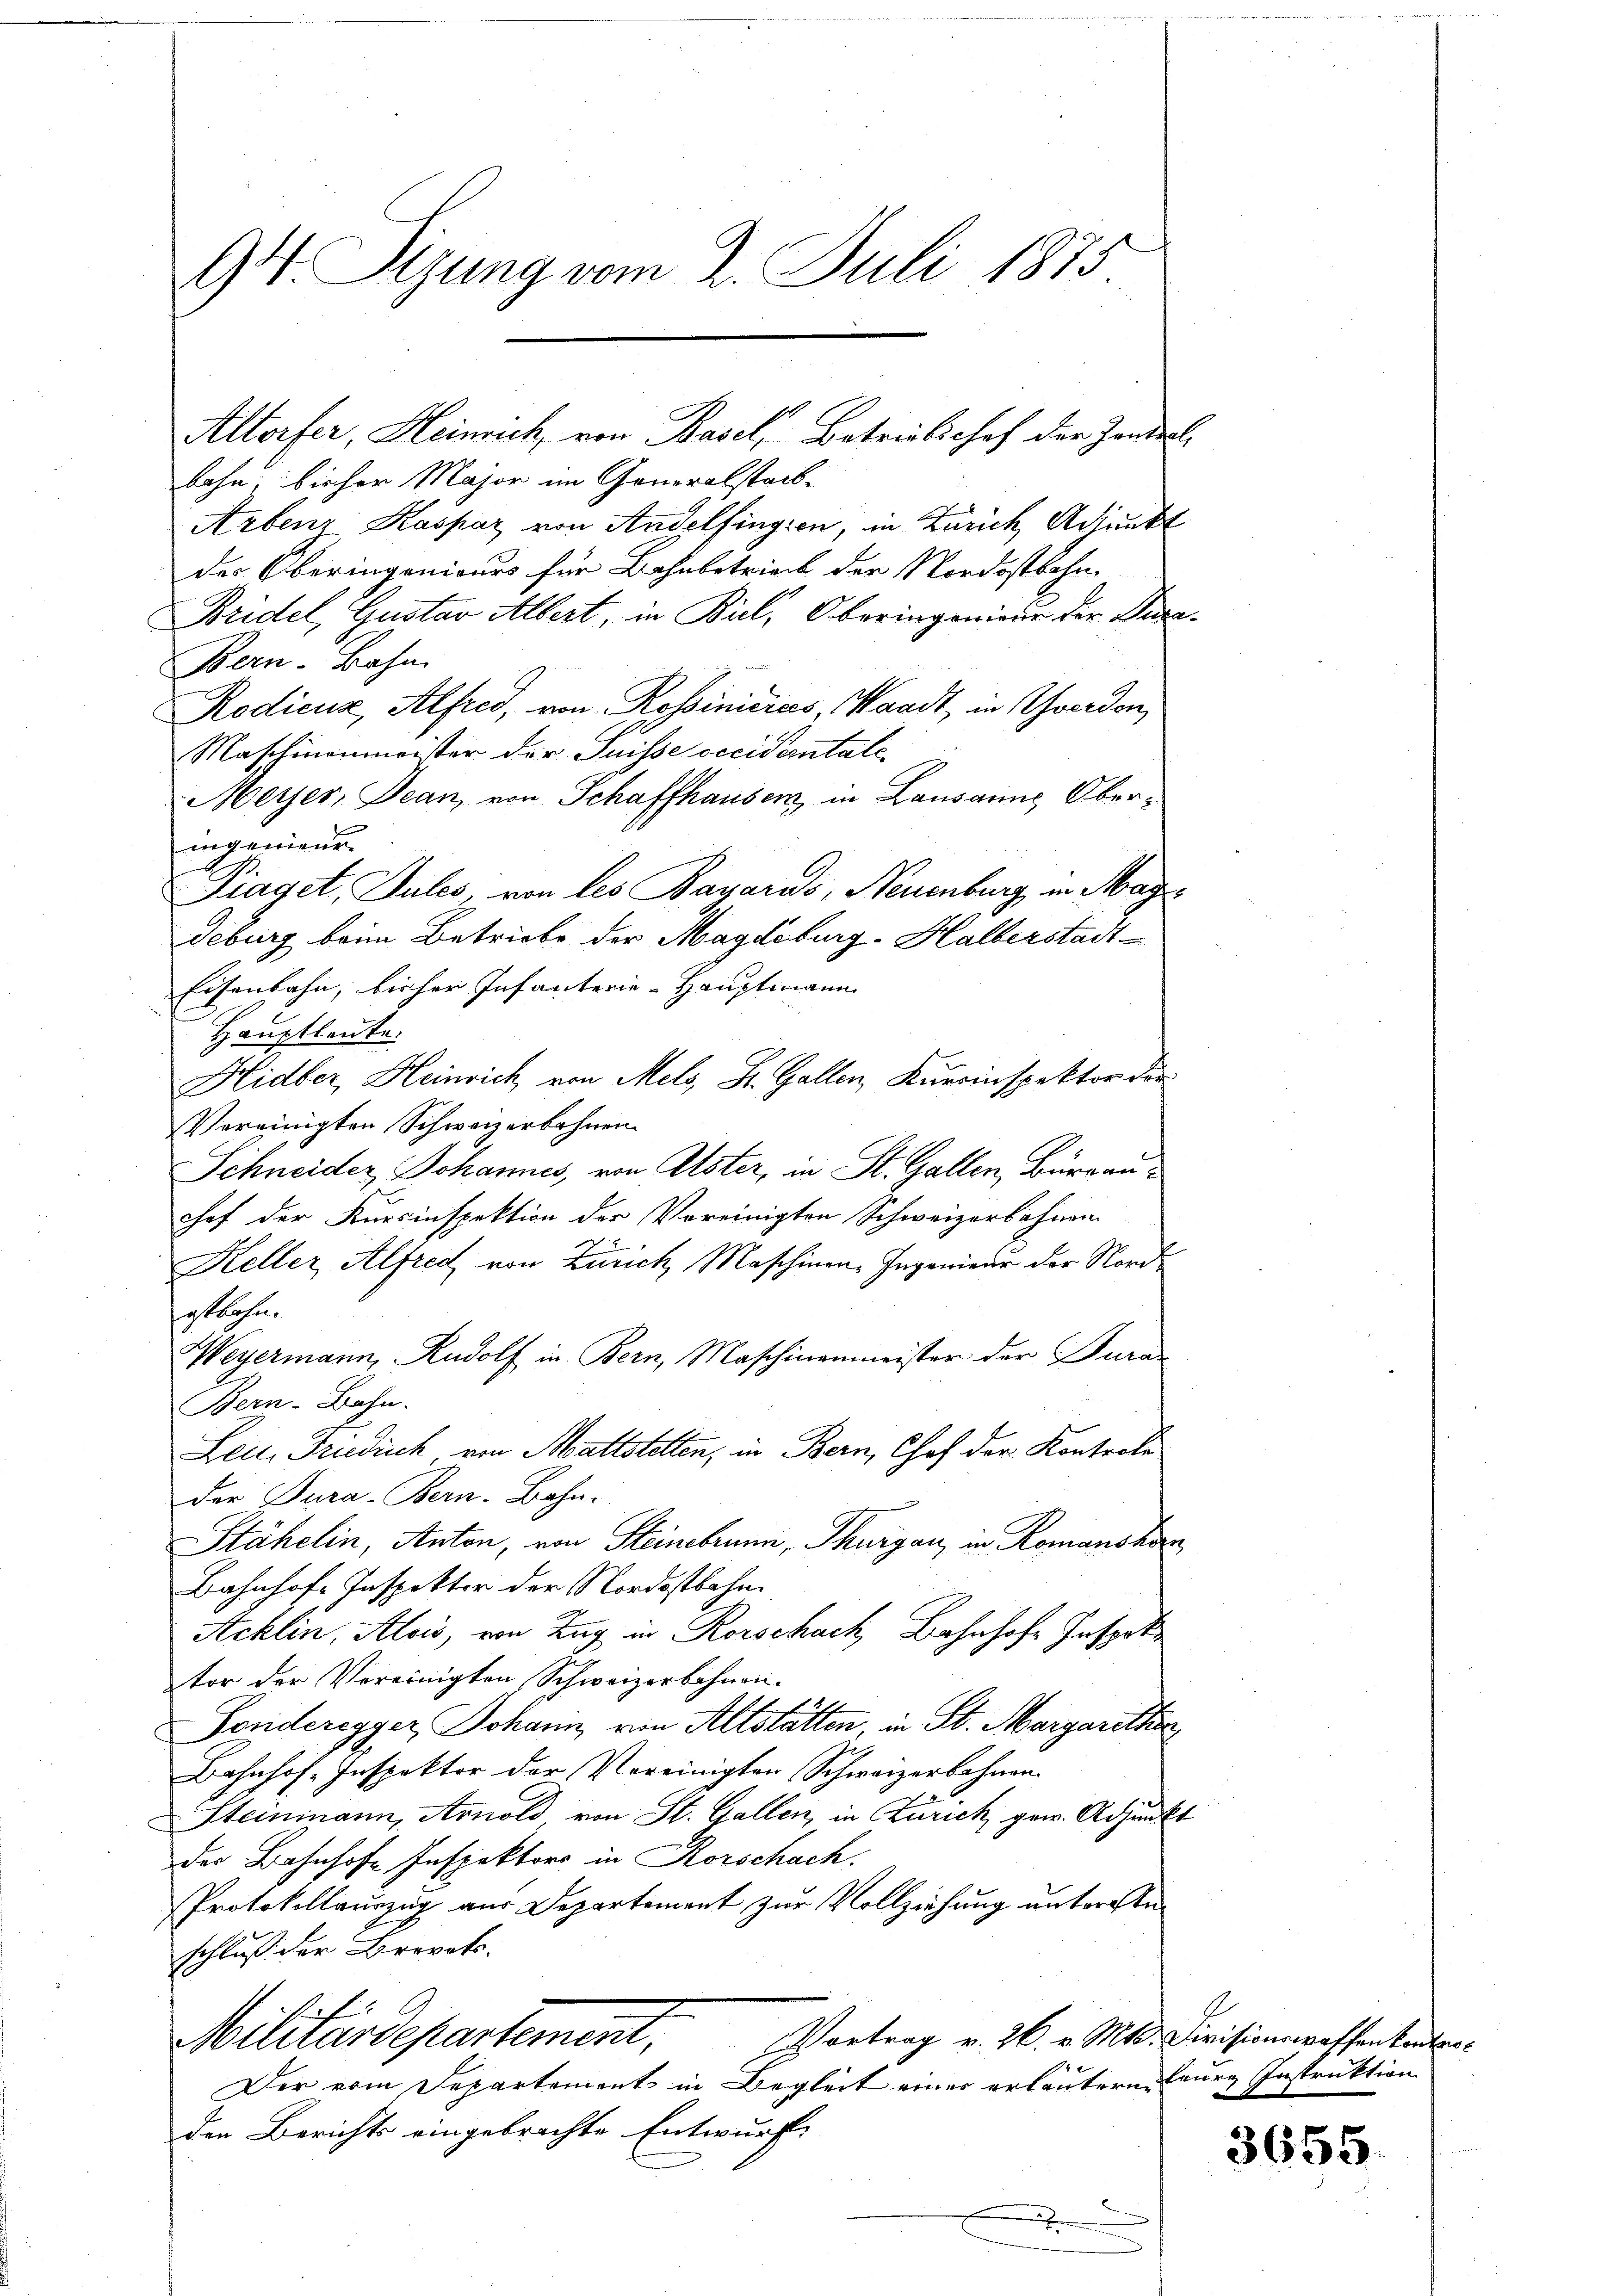
94. Sizung vom 2. Juli 1875

bahn, bisher Major im Generalstadt¬
Arbenz Kaspar von Andelfingien, in Zürich Adjunkt
des Oberingenieurs für Bahnbetrieb der Nordostbahn.
Bridel, Gustav Albert, in Biel, Oberingenieur der Deca¬
Bern-Bahn.
Rodicus, Alfred, von Rossiniciers, Waadt, in Yverden,
Maschinenmeister der Suisse decidentale
Meyer, Jean, von Schaffhausen, in Lausanns Oberig wiedene
Piaget, Sules, von les Bauaris, Neuenburg, in Mage
Geburg beim Betriebe der Magdeburg-Halberstädt¬
Eisenbahn, bisher Infanterie-Hauptmann
Hauptleute.
Hidber, Heinrich von Mels, Hr. Gallen, Kursinspektor der
Vereinigten Schweizerbahnen
Schneider Johannes, von Alster, in St. Gallen, Burgau
chef der Kursinspektion der Vereinigten Schweizerbahnen
Keller Alfred von Zürich Maschinen Ingenieur der Nordostbahn.
Weyermann, Rudolf in Bern, Maschinenmeister der Jura
Bern-Bahn.
Leid. Friedisch von Mattstelten, in Bern, Chof der Kontrete
der Tura-Bern-Bahn.
Stähelin, Anton, von Steinebrunn, Thurgau, in Romanshorn
Bahnhofe Inspektor der Nordostbahn.
Acklin, Alois, von Zug in Rorschach, Bahnhofe Inspek
tor der Vereinigten Schweizerbahnen.
Fonderegger Johann, von Altstätten, in St. Margarettin
Bahnhof, Inspektor der Vereinigten Schweizerbahnen.
Steinmann, Arnold von St. Gallen, in Zürich gew. Adjunkt
der Bahnhofe Inspektors in Rorschach.
Protokollauszug aus Departement zur Vollziehung unteren
schluss der Brevets.
Militärdepartement, Vortrag v. 26. v. Mts. Civisionessentanten.
Der vom Departement in Begleit einer erläutern teure Instruktion
den Berichts eingebrachte Entwurfe

Altorfer, Heinrich, von Basel, Betriebschof der Zandert

3655.